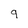
Character: 9